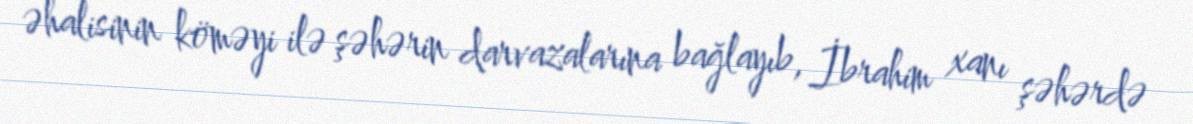
əhalisinin köməyi ilə şəhərin darvazalarına bağlayıb, İbrahim xanı şəhərdə